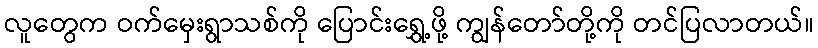
လူတွေက ဝက်မှေးရွာသစ်ကို ပြောင်းရွှေ့ဖို့ ကျွန်တော်တို့ကို တင်ပြလာတယ်။